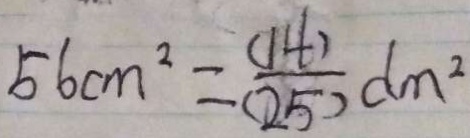
5 6 c m ^ { 2 } = \frac { ( 1 4 ) } { ( 2 5 ) } d m ^ { 2 }